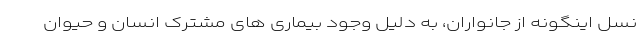
نسل اینگونه از جانواران، به دلیل وجود بیماری های مشترک انسان و حیوان